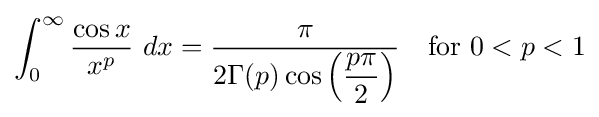
\int _{0}^{\infty }{\frac {\cos x}{x^{p}}}\ dx={\frac {\pi }{2\Gamma (p)\cos \left({\dfrac {p\pi }{2}}\right)}}\quad {\text{for }}0<p<1